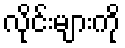
လိုင်းများကို